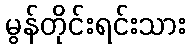
မွန်တိုင်းရင်းသား